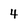
Character: 4